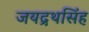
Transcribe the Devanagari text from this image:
जयद्रथसिंह